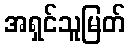
အရှင်သူမြတ်